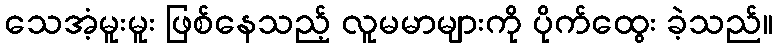
သေအံ့မူးမူး ဖြစ်နေသည့် လူမမာများကို ပိုက်ထွေး ခဲ့သည်။